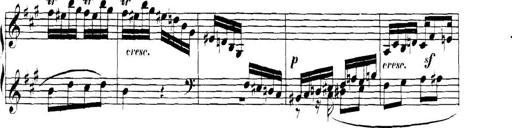
Title: Collected Piano Sonatas
Composer: Muzio Clementi